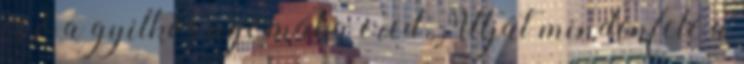
és ő a gyilkos nyomába ered. Útját mindenfelé a